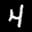
Label: 4